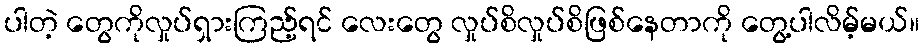
ပါတဲ့ တွေကိုလှုပ်ရှားကြည့်ရင် လေးတွေ လှုပ်စိလှုပ်စိဖြစ်နေတာကို တွေ့ပါလိမ့်မယ်။